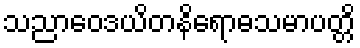
သညာဝေဒယိတနိရောဓသမာပတ္တိ